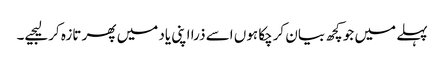
پہلے میں جو کچھ بیان کرچکا ہوں اسے ذرا اپنی یاد میں پھر تازہ کرلیجیے۔